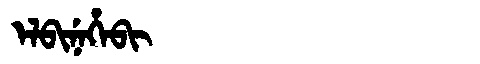
Manchu: ᡝᠯᠪᡳᠨᡝᡥᡝᠪᡳ
Romanization: ELBINEHEBI